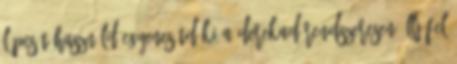
lépcsőt használd Egyenesítd ki a derekad Rendszeresen állj fel